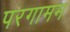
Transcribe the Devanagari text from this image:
परगामम